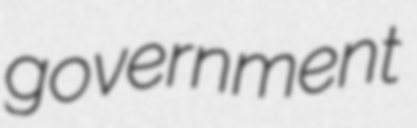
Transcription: government